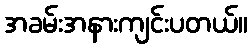
အခမ်းအနားကျင်းပတယ်။